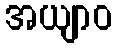
အယျာဝ